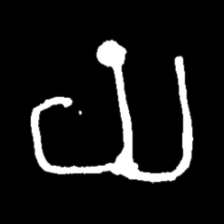
Pyu character \u2014 Myanmar letter: ယ (romanized: ya)